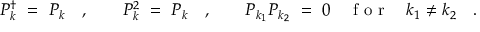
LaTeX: P _ { k } ^ { \dagger } \ = \ P _ { k } \quad , \qquad P _ { k } ^ { 2 } \ = \ P _ { k } \quad , \qquad P _ { k _ { 1 } } P _ { k _ { 2 } } \ = \ 0 \quad \textrm { f o r } \quad k _ { 1 } \neq k _ { 2 } \quad .